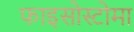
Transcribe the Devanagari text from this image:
फाइसोस्टोमा